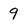
Character: 9